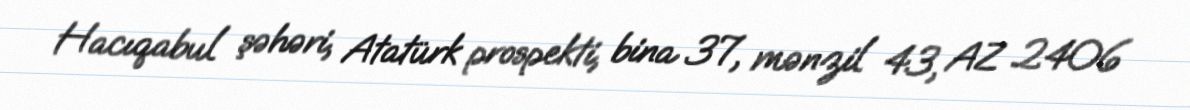
Hacıqabul şəhəri, Atatürk prospekti, bina 37, mənzil 43, AZ 2406